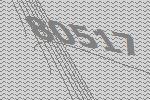
80517